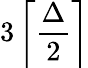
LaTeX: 3\left\lceil{\frac{\Delta}{2}}\right\rceil